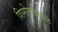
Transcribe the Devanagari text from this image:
शिमोग्याजवळ